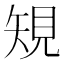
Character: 䂓